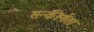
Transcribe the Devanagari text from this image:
सन्कीर्णता